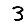
Digit: 3